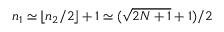
n _ { 1 } \simeq \lfloor n _ { 2 } / 2 \rfloor + 1 \simeq ( \sqrt { 2 N + 1 } + 1 ) / 2